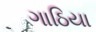
ગાઠિયા